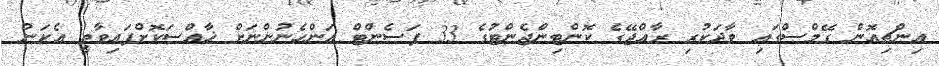
އިންޗިއޮން ގޭމްސްގައި ވާދަކުރި ރާއްޖޭގެ ކޮންޓިންޖެންޓުގެ 33 ޕަސެންޓް އަންހެނުންނަށް ޚާއްސަކޮށްފައިވާތީ އެކަން